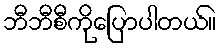
ဘီဘီစီကိုပြောပါတယ်။